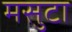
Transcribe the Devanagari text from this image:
मसुटा